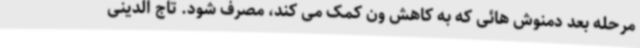
مرحله بعد دمنوش هائی که به کاهش ون کمک می کند، مصرف شود. تاج الدینی